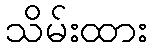
သိမ်းထား